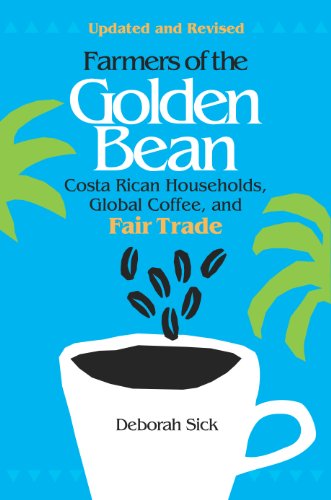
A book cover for Farmers of the Golden Bean: Costa Rican Households, Global Coffee, and Fair Trade - Second Edition; Deborah Sick; Science & Math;